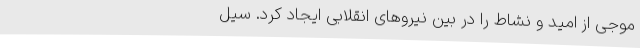
موجی‌ از امید و نشاط‌ را در بین‌ نیروهای ‌انقلابی‌ ایجاد کرد. سیل‌